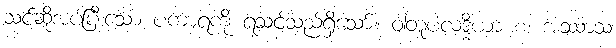
သင်ဆိုအပ်ပြီးသော ပကာရကို ရသင့်သည်ရှိသော်။ ဝါတူပလဒ္ဓိယာ စ၊ အဿာသ